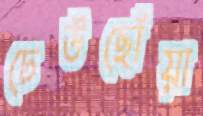
ঢেউছোঁয়া